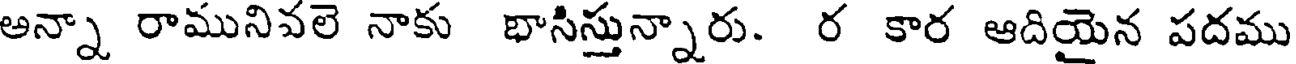
అన్నా రామునివలె నాకు భాసిస్తున్నారు. ర కార ఆదియైన పదము